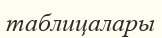
таблицалары